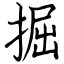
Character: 掘